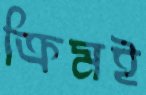
ক্রিমই